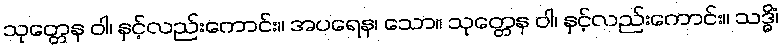
သုတ္တေန ဝါ၊ နှင့်လည်းကောင်း။ အပရေန၊ သော။ သုတ္တေန ဝါ၊ နှင့်လည်းကောင်း။ သဒ္ဓိံ၊